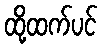
ထို့ထက်ပင်